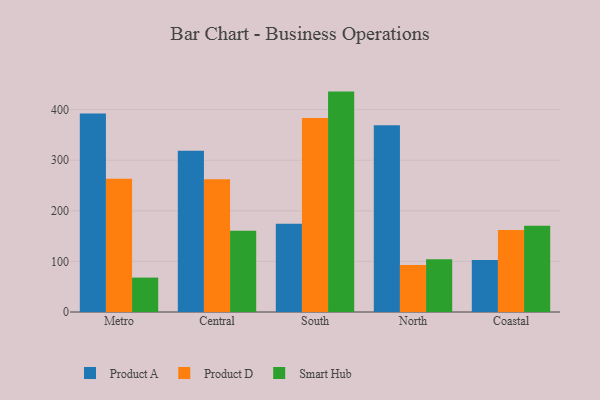
{"axis": {"x": "Region", "y": "Revenue (USD Million)"}, "legend": ["Product A", "Product D", "Smart Hub"], "data": [{"x": "Metro", "y": 392.2, "type": "Product A"}, {"x": "Metro", "y": 263.2, "type": "Product D"}, {"x": "Metro", "y": 68.0, "type": "Smart Hub"}, {"x": "Central", "y": 318.7, "type": "Product A"}, {"x": "Central", "y": 262.2, "type": "Product D"}, {"x": "Central", "y": 160.8, "type": "Smart Hub"}, {"x": "South", "y": 174.2, "type": "Product A"}, {"x": "South", "y": 383.2, "type": "Product D"}, {"x": "South", "y": 435.6, "type": "Smart Hub"}, {"x": "North", "y": 369.3, "type": "Product A"}, {"x": "North", "y": 93.1, "type": "Product D"}, {"x": "North", "y": 104.5, "type": "Smart Hub"}, {"x": "Coastal", "y": 102.6, "type": "Product A"}, {"x": "Coastal", "y": 161.9, "type": "Product D"}, {"x": "Coastal", "y": 170.5, "type": "Smart Hub"}]}